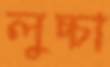
লুচ্চা